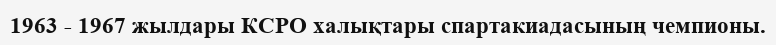
1963 - 1967 жылдары КСРО халықтары спартакиадасының чемпионы.